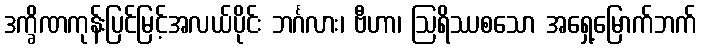
ဒက္ခိဏကုန်းပြင်မြင့်အလယ်ပိုင်း ဘင်္ဂလား၊ ဗီဟာ၊ ဩရိဿစသော အရှေ့မြောက်ဘက်